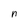
Character: n